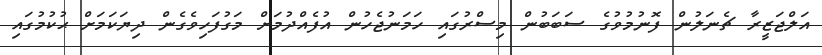
އަލްޖަޒީރާ ޗެނަލުން ފޮނުމުވުގެ ސަބަބުން މިސްރުގައި ހަމަނުޖެހުން އުފެއްދުމަށް މަގުފަހިވެގެން ދިޔަކަމަށް ޙުކުމުގައި